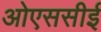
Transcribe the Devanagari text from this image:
ओएससीई